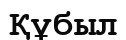
Құбыл